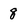
Character: 8